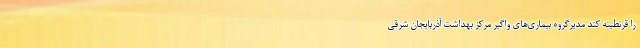
را قرنطینه کند مدیرگروه بیماری‌های واگیر مرکز بهداشت آذربایجان شرقی